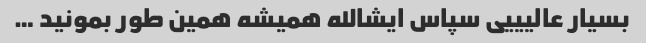
بسیار عالیییی سپاس ایشالله همیشه همین طور بمونید …